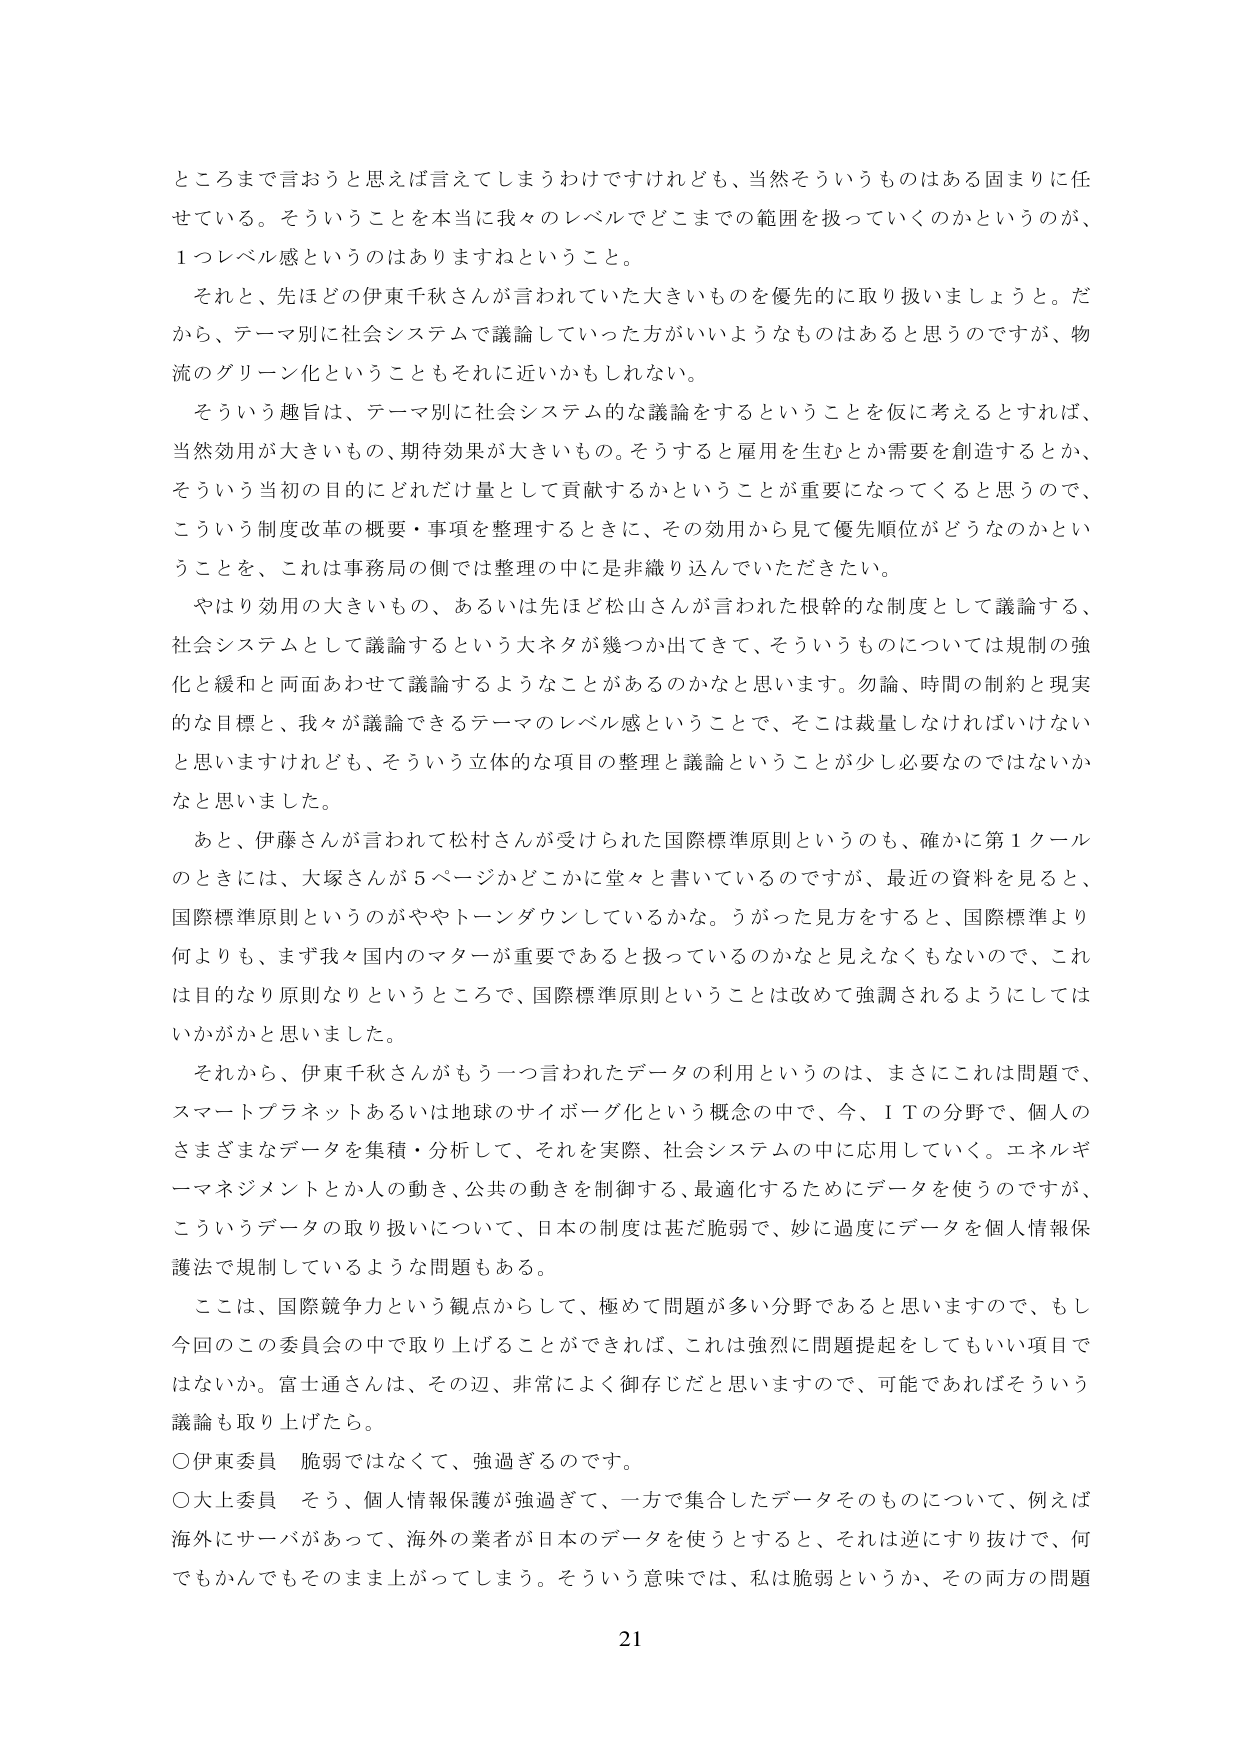
ところまで言おうと思えば言えてしまうわけですが、当然そういうものはある固まりに任
せている。そういうことを本当に我々のレベルでどこまでの範囲を扱っていくのかというのが、
1つレベル感というのはありますねということ。

それと、先ほど伊東千秋さんが言われていた大きいものを優先的に取り扱いましょうと。だ
から、テーマ別に社会システムで議論していった方がいいようなものはあると思うのですが、物
流のグリーン化ということもそれに近いかもしれない。

そういう趣旨は、テーマ別に社会システム的な議論をするということを仮に考えるとなれば、
当然効用が大きいもの、期待効果が大きいもの。そうすると雇用を生むとか需要を創造するとか、
そういう当初の目的にどれだけ量として貢献するかということが重要になってくると思うので、
こういう制度改革の概要・事項を整理するときに、その効用から見て優先順位がどうなのかとい
うことを、これは事務局の側では整理の中には是非織り込んでいただきたい。

やはり効用の大きいもの、あるいは先ほど松山さんが言われた根幹的な制度として議論する、
社会システムとして議論するという大ネタが幾つか出てきて、そういうものについては規制の強
化と緩和と両面あわせて議論するようなことがあるのかなと思います。勿論、時間の制約と現実
的な目標と、我々が議論できるテーマのレベル感ということで、そこは裁量しなければいけない
と思いますけれども、そういう立体的な項目の整理と議論ということが少し必要なのではないか
なと思いました。

あと、伊藤さんが言われて松村さんが受けられた国際標準原則というのも、確かに第1クール
のときには、大塚さんが5ページかどこかに堂々と書いているのですが、最近の資料を見ると、
国際標準原則というのがややトーンダウンしているかな。うがった見方をすると、国際標準より
何よりも、まず我々国内のマターが重要であると扱っているのかなと見えなくもないので、これ
は目的なり原則なりということで、国際標準原則ということは改めて強調されるようにしては
いかがかと思いました。

それから、伊東千秋さんがもう一つ言われたデータの利用というのは、まさにこれは問題で、
スマートプラネットあるいは地球のサイボーグ化という概念の中で、今、ITの分野で、個人の
さまざまなデータを集積・分析して、それを実際、社会システムの中に応用していく。エネルギ
ーマネジメントとか人の動き、公共の動きを制御する、最適化するためにデータを使うのですが、
こういうデータの取り扱いについて、日本の制度は甚だ脆弱で、妙に過度にデータを個人情報保
護法で規制しているような問題もある。

これは、国際競争力という観点からして、極めて問題が多い分野であると思いますので、もし
今回のこの委員会の中で取り上げることができれば、これは強烈に問題提起をしてもいい項目で
はないか。富士通さんは、その辺、非常によく御存じだと思いますので、可能であればそういう
議論も取り上げたら。

○伊東委員 脆弱ではなくて、強過ぎるのです。

○大上委員 そう、個人情報保護が強過ぎて、一方で集合したデータそのものについて、例えば
海外にサーバがあって、海外の業者が日本のデータを使うとすると、それは逆にすり抜けで、何
でもかんでもそのまま上がってしまう。そういう意味では、私は脆弱というか、その両方の問題

21